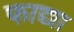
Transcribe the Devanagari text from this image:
फाद्या